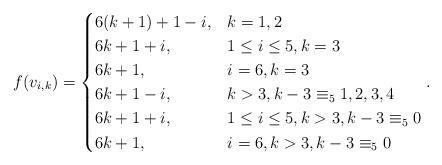
\begin{align*}f(v_{i,k}) &=\begin{cases}6(k+1)+1-i, & k=1,2\\ 6k+1+i, & 1 \leq i \leq 5, k=3\\ 6k+1, & i=6, k=3\\ 6k+1-i, & k>3, k-3\equiv_{5}1,2,3,4\\ 6k+1+i, & 1 \leq i \leq5, k>3, k-3\equiv_{5}0\\ 6k+1, & i=6, k>3, k-3\equiv_{5}0\end{cases}.\end{align*}